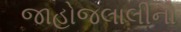
જાહોજલાલીનો